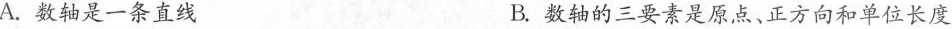
A.数轴是一条直线 B.数轴的三要素是原点、正方向和单位长度